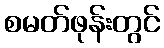
စမတ်ဖုန်းတွင်